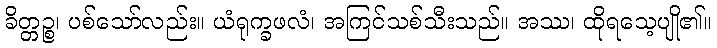
ခိတ္တဉ္စ၊ ပစ်သော်လည်း။ ယံရုက္ခဖလံ၊ အကြင်သစ်သီးသည်။ အဿ၊ ထိုရသေ့ပျို၏။